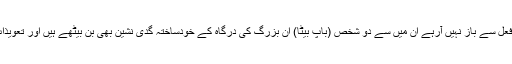
لیکن یہ لوگ پھر بھی اپنے قول و فعل سے باز نہیں آرہے ان میں سے دو شخص (باپ بیٹا) ان بزرگ کی درگاہ کے خودساختہ گدی نشین بھی بن بیٹھے ہیں اور تعویذات و عملیات کا کام بھی کرتے ہیں۔